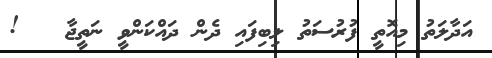
އަދާލަތު މިއޮތީ ފުރުސަތު ލިބިފައި ދެން ދައްކަންވީ ނަތީޖާ   !